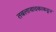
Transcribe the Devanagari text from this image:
तबलावादकाकडून